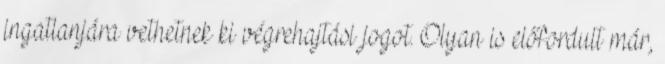
ingatlanjára vethetnek ki végrehajtási jogot. Olyan is előfordult már,